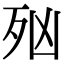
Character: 𣧑